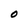
Character: o